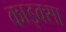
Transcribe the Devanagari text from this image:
काइक्सा